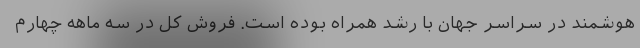
هوشمند در سراسر جهان با رشد همراه بوده است. فروش کل در سه ماهه چهارم